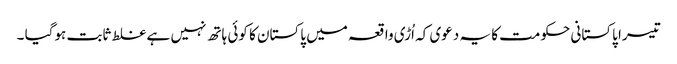
تیسرا پاکستانی حکومت کا یہ دعوی کہ اُڑی واقعہ میں پاکستان کا کوئی ہاتھ نہیں ہے غلط ثابت ہوگیا ۔